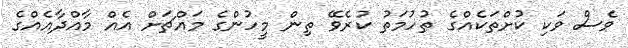
ވެސް ވަކި ކުށްތަކެއްގެ ތުހުމަތު ކުރެވޭ ތިން މީހުންގެ މައްޗަށް އެއް މާއްދާއެއްގެ